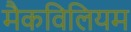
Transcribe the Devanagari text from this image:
मैकविलियम